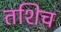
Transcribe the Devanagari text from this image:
तशिच